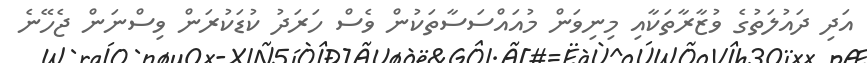
އަދި ދައުލަތުގެ ވުޒާރާތަކާއި މިނިވަން މުއައްސަސާތަކުން ވެސް ހަރަދު ކުޑަކުރަން ވިސްނަން ޖެހޭނެ